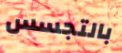
بالتجسس